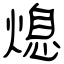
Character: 熄